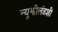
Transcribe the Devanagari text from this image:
न्यूझीलंडशी